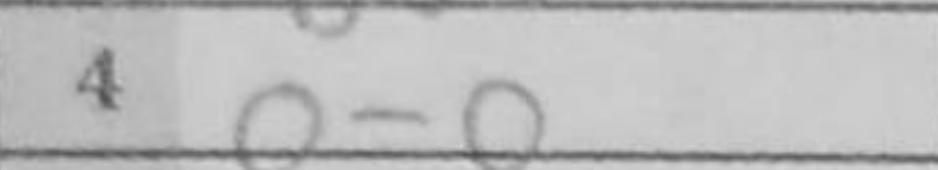
Transcription: O-O